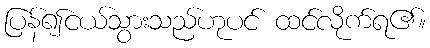
ပြန်၍ငယ်သွားသည်ဟုပင် ထင်လိုက်ရ၏။